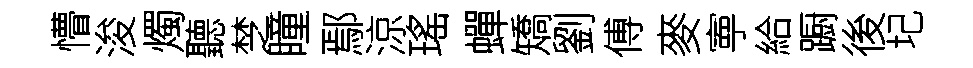
懵浚燭聽椘瞳鄢涼瑤蟬矯劉傅麥寕給蹰後圮